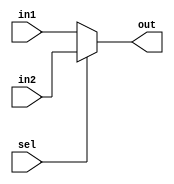
module mux(in1, in2, sel, out); //sel port is connect to a clk

input [15:0]in1,in2;
input sel;
output reg [15:0]out;
 always @ (sel) //clk has an offset before starting. Here, I use T=100 for main CNN, clk for sel should be 400, falling edge fisrt. 
 begin : MUX       //The offset is 105 here(at the very beginning).
   if (sel == 1'b0) begin
      out = in1;
   end else begin
       out = in2 ;
   end
end
 
endmodule //End Of Module mux